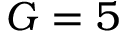
G = 5